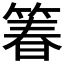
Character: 箺